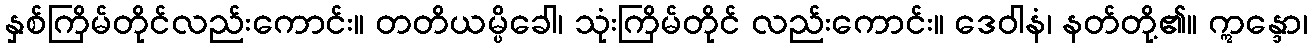
နှစ်ကြိမ်တိုင်လည်းကောင်း။ တတိယမ္ပိခေါ၊ သုံးကြိမ်တိုင် လည်းကောင်း။ ဒေဝါနံ၊ နတ်တို့၏။ ဣန္ဒော၊